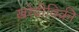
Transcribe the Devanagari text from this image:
खरेदीविक्री